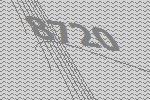
8720